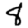
Digit: 8